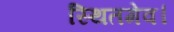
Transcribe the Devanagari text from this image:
स्थितमेव।